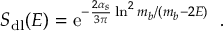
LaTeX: S _ { \mathrm { d l } } ( E ) = \mathrm { e } ^ { - \frac { 2 \alpha _ { s } } { 3 \pi } \ln ^ { 2 } { m _ { b } / ( m _ { b } - 2 E ) } } \; \; .